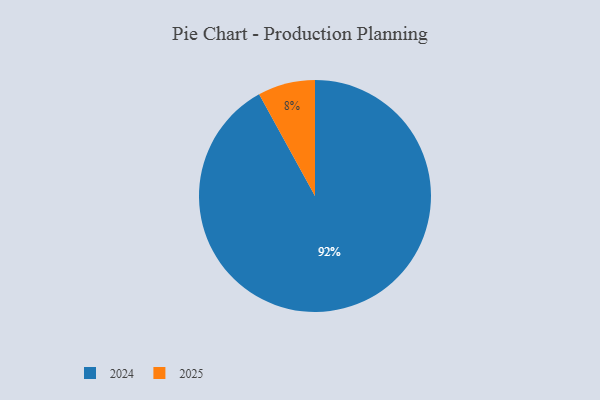
{"axis": {"x": "Category", "y": "Percentage"}, "legend": ["2024", "2025"], "data": [{"x": "2025", "y": 8, "type": "2025"}, {"x": "2024", "y": 92, "type": "2024"}]}